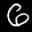
Label: 6